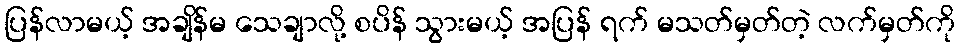
ပြန်လာမယ့် အချိန်မ သေချာလို့ စပိန် သွားမယ့် အပြန် ရက် မသတ်မှတ်တဲ့ လက်မှတ်ကို